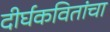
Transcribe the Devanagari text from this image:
दीर्घकवितांचा